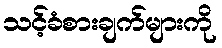
သင့်ခံစားချက်များကို